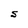
Character: S